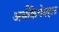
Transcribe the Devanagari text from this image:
अर्थक्रियेबद्दल